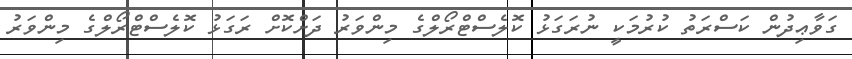
ގަވާޢިދުން ކަސްރަތު ކުރުމަކީ ނުރަގަޅު ކޮލެސްޓްރޯލްގެ މިންވަރު ދަށްކޮށް ރަގަޅު ކޮލެސްޓްރޯލްގެ މިންވަރު